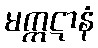
မက္ကဋာနံ